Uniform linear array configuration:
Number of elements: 4
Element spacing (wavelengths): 1
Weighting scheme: uniform
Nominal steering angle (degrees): -30
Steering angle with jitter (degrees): -30.744
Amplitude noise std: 0.05
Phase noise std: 0.05

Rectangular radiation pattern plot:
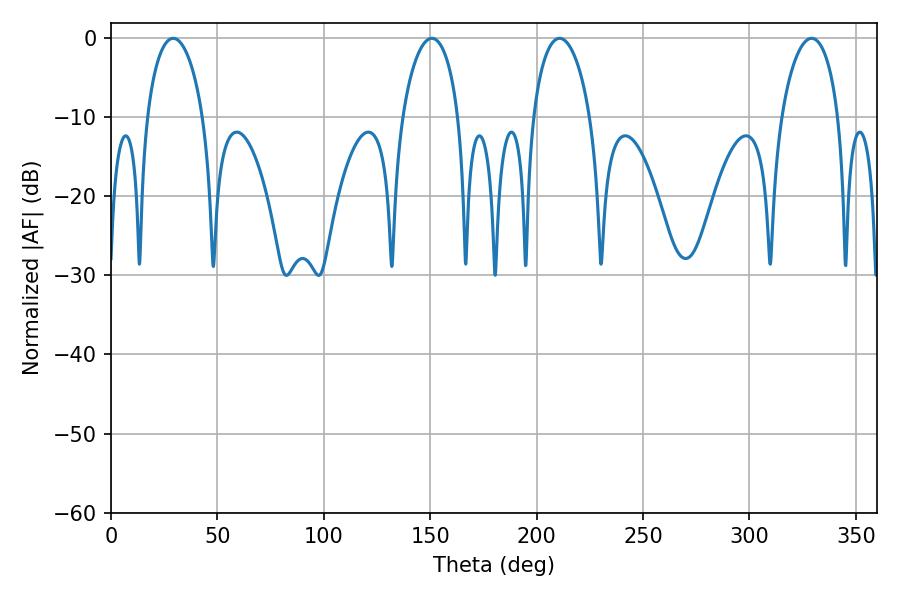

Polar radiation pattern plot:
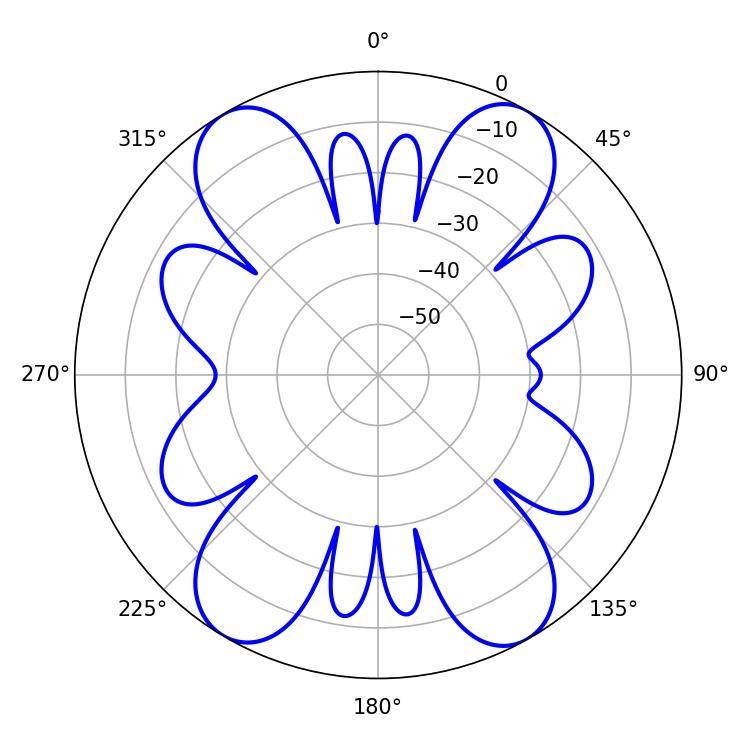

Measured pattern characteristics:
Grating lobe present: TRUE
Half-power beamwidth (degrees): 15.48
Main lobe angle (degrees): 210.78